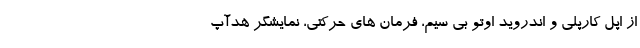
از اپل کارپلی و اندروید اوتو بی سیم، فرمان های حرکتی، نمایشگر هدآپ